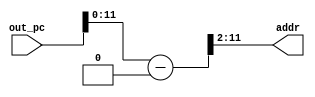
// PC

module pc2addr (
    out_pc,addr
);

input[31:0] out_pc;
output[11:2] addr;

wire[31:0] temp_pc;

assign temp_pc=out_pc-32'h00003000;
assign addr=temp_pc[11:2];

endmodule